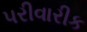
પરીવારીક